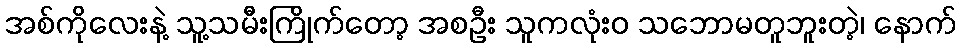
အစ်ကိုလေးနဲ့ သူ့သမီးကြိုက်တော့ အစဦး သူကလုံးဝ သဘောမတူဘူးတဲ့၊ နောက်